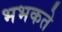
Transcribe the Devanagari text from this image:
भभकते